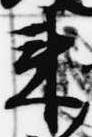
来